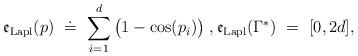
LaTeX: \begin{align*}\mathfrak{e}_{\mathrm{Lapl}}(p)\ \doteq \ \sum_{i=1}^{d}\big(1-\cos (p_{i})\big)\;,\mathfrak{e}_{\mathrm{Lapl}}(\Gamma ^{\ast })\ =\ [0,2d],\end{align*}